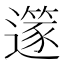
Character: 𨗹